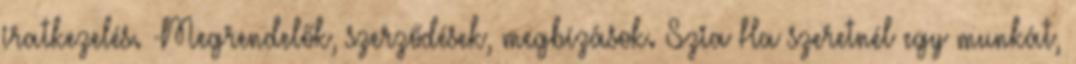
iratkezelés. -Megrendelők, szerződések, megbízások. Szia Ha szeretnél egy munkát,